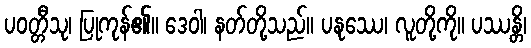
ပဝတ္တီသု၊ ပြုကုန်၏။ ဒေဝါ၊ နတ်တို့သည်။ ပနုဿေ၊ လူတို့ကို။ ပဿန္တိ၊